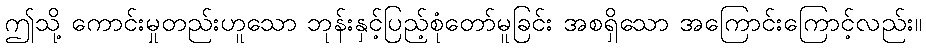
ဤသို့ ကောင်းမှုတည်းဟူသော ဘုန်းနှင့်ပြည့်စုံတော်မူခြင်း အစရှိသော အကြောင်းကြောင့်လည်း။